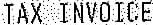
TAX INVOICE